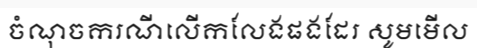
ចំណុចករណីលើកលែងផងដែរ សូមមើល